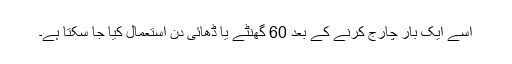
اسے ایک بار چارج کرنے کے بعد 60 گھنٹے یا ڈھائی دن استعمال کیا جا سکتا ہے۔